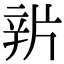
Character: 𨐏